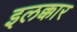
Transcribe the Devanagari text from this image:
इलक्कार